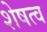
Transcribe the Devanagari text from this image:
शेषत्व